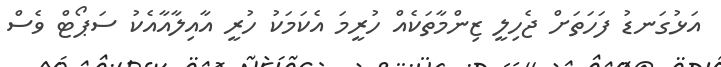
އަޅުގަނޑު ފަހަތަށް ޖެހިލީ ޒިންމާތަކެއް ހުރީމަ އެކަމަކު ހުރީ އާއިލާއާއެކު ސަޕޯޓް ވެސް